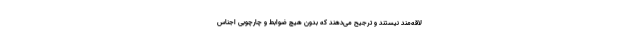
لاقه‌مند نیستند و ترجیح می‌دهند که بدون هیچ ضوابط و چارچوبی اجناس